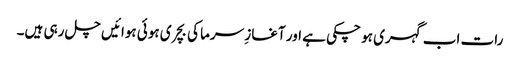
رات اب گہری ہو چکی ہے اور آغازِ سرما کی بچری ہوئی ہوائیں چل رہی ہیں۔